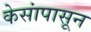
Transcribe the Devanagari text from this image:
केसांपासून